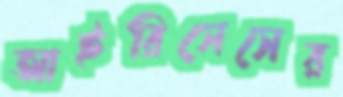
আইরিসেসের